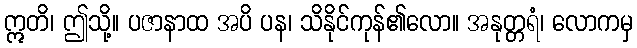
ဣတိ၊ ဤသို့။ ပဇာနာထ အပိ ပန၊ သိနိုင်ကုန်၏လော။ အနုတ္တရံ၊ လောကမှ